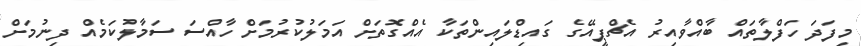
މިފަދަ ހަފްލާތައް ބާއްވާއިރު އެޗްޕީއޭގެ ގައިޑްލައިންތަކާ އެއްގޮތަށް އަމަލުކުރުމަށް ހާއްސަ ސަމާލުކަމެއް ދިނުމަށް